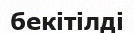
бекітілді